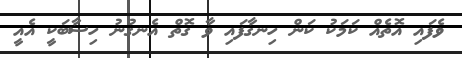
ވެފައި އޮތެއް ކަމަކު ކަން ހިނގާފައި ވާ ގޮތް އެނގުނު ހިސާބަކީ އެއީ